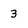
Character: 3